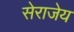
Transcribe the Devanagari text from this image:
सेराजेय